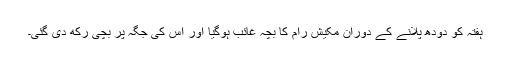
ہفتہ کو دودھ پلانے کے دوران مکیش رام کا بچہ غائب ہوگیا اور اس کی جگہ پر بچی رکھ دی گئی۔